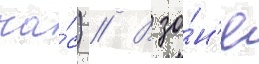
ча́с) // В зо́н'е